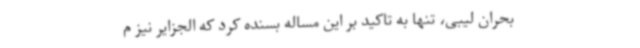
بحران لیبی، تنها به تاکید بر این مساله بسنده کرد که الجزایر نیز م